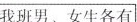
我班男、女生各有